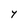
Character: Y